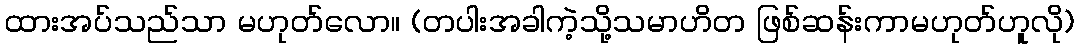
ထားအပ်သည်သာ မဟုတ်လော။ (တပါးအခါကဲ့သို့သမာဟိတ ဖြစ်ဆန်းကာမဟုတ်ဟူလို)